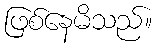
ဖြစ်နေမိသည်။